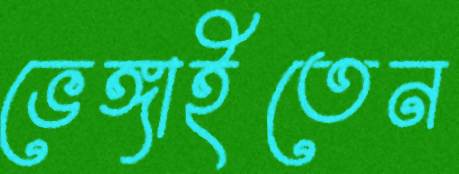
ভেঙ্গাইতেন